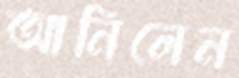
আনিলেন